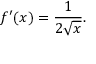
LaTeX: f ^ { \prime } ( x ) = { \frac { 1 } { 2 { \sqrt { x } } } } .